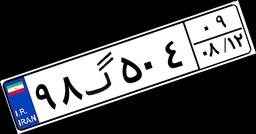
۹۸گ۵۰۴۰۹